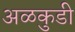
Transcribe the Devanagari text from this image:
अळकुडी